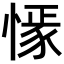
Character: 𢠟